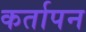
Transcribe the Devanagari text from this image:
कर्तापन